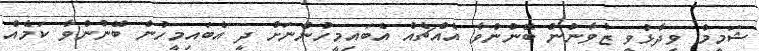
ޝަމީމް ވިދާޅުވީ ޒުވާނުން ބޭނުންވާ އެއްޗެއް އެބައިމީހުންނަށް ދީ އެބައިމީހުން ބޭނުންވާ ކަމެއް